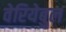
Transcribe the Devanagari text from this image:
वेरियेबुल